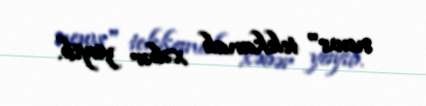
news" telekanalı xəbər yayıb.